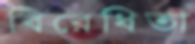
বিরেধিতা